Rangoon Lunatic Asylum 1878-1892 - 1878-1892
Year: 1878
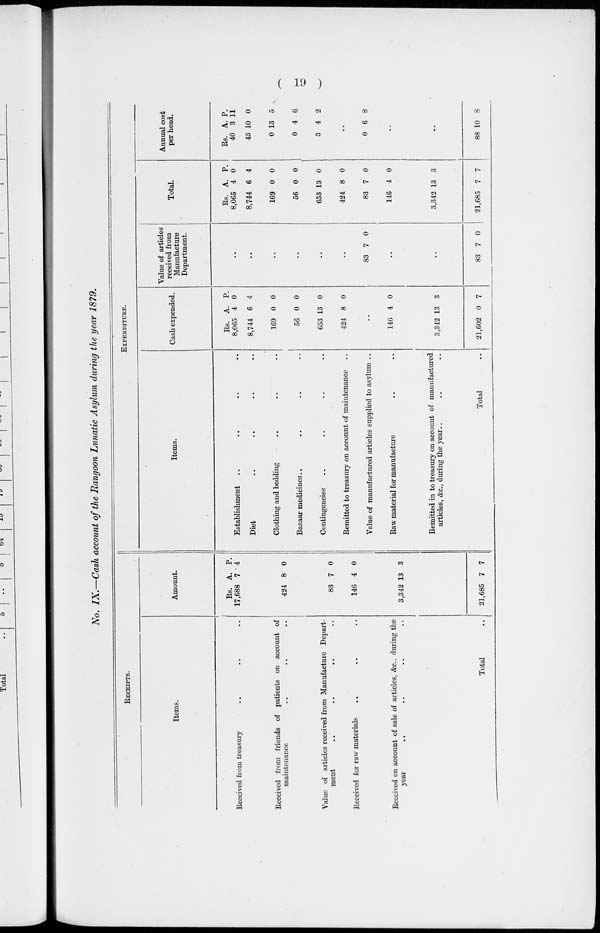
( 19 )
No. IX.—Cash account of the Rangoon Lunatic Asylum during the year 1879.
RECEIPTS.
Items.
Received from treasury .. .. .. ..
Received from friends of patients on account of
maintenance .. .. ..
Value of articles received from Manufacture Depart-
ment
..
..
..
Received for raw materials .. .. ..
Received on account of sale of articles. &c., during the
year .. .. .. ..
Total ..
Amount.
Rs.
17,688
424
83
146
3,342
21,685
A.
7
8
7
4
13
7
P.
4
0
0
0
3
7
EXPENDITURE.
Items.
Establishment .. .. .. ..
Diet .. .. .. ..
Clothing and bedding .. .. .. ..
Bazaar medicines .. .. .. ..
Contingencies .. .. .. ..
Remitted to treasury on account of maintenance
Value of manufactured articles supplied to asylum ..
Raw material for manufacture .. ..
Remitted in to treasury on account of manufactured
articles, &c., during the year..
Total
Cash expended.
Rs.
8,065
8,744
169
56
653
424
A.
4
6
0
0
13
8
P.
0
4
0
0
0
0
..
146
3,342
21,602
4
13
0
0
3
7
Value of articles
received from
Manufacture
Department.
..
..
..
..
..
83 7 0
..
..
83 7 0
Total.
Rs.
8,065
8,744
169
56
653
424
83
146
3,342
21,685
A.
4
6
0
0
13
8
7
4
13
7
P.
0
4
0
0
0
0
0
0
3
7
Annual cost
per head.
Rs.
40
43
0
0
3
A.
3
10
13
4
4
P.
11
0
5
6
2
..
0 6 8
..
..
88 10 8